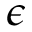
\epsilon